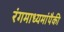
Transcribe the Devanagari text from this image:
रंगमाध्यमांपैकी